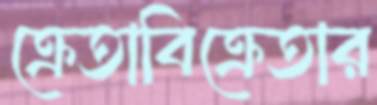
ক্রেতাবিক্রেতার